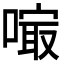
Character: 𠻕